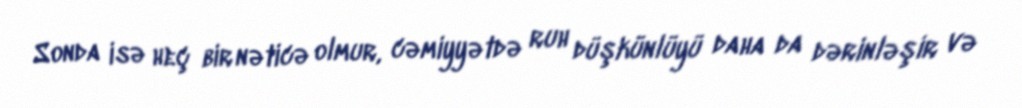
Sonda isə heç bir nəticə olmur, cəmiyyətdə ruh düşkünlüyü daha da dərinləşir və